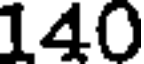
140